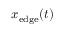
x _ { \mathrm { e d g e } } ( t )